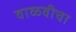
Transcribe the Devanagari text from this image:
वाळवीचा